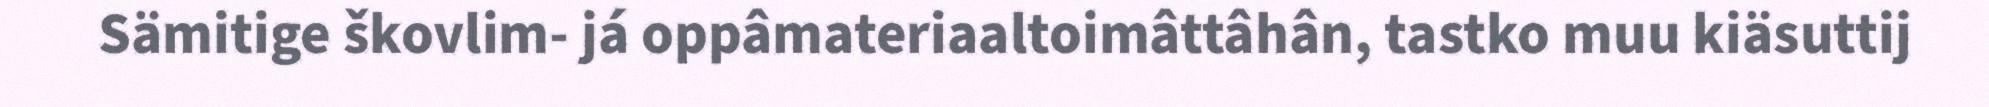
Sämitige škovlim- já oppâmateriaaltoimâttâhân, tastko muu kiäsuttij